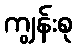
ကျွန်းစု